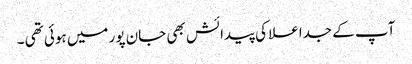
آپ کے جداعلا کی پیدائش بھی جان پور میں ہوئی تھی ۔